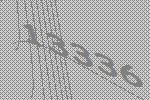
13336